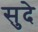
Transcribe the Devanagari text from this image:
सुदे